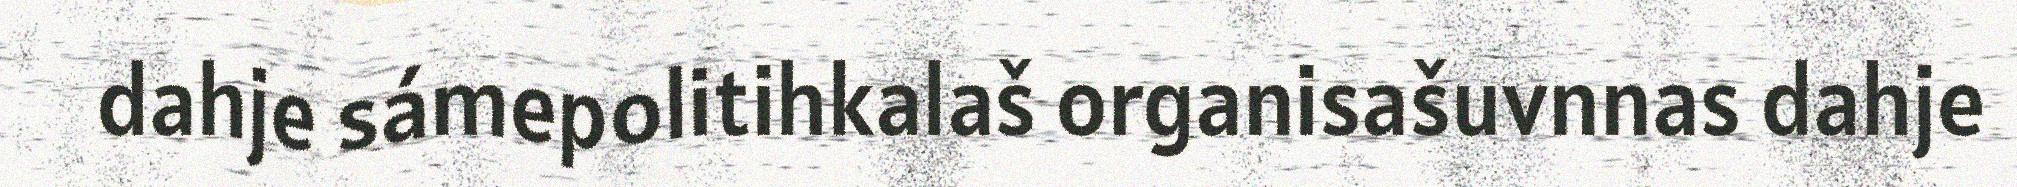
dahje sámepolitihkalaš organisašuvnnas dahje